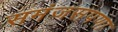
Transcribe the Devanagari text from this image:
समंजसपणा